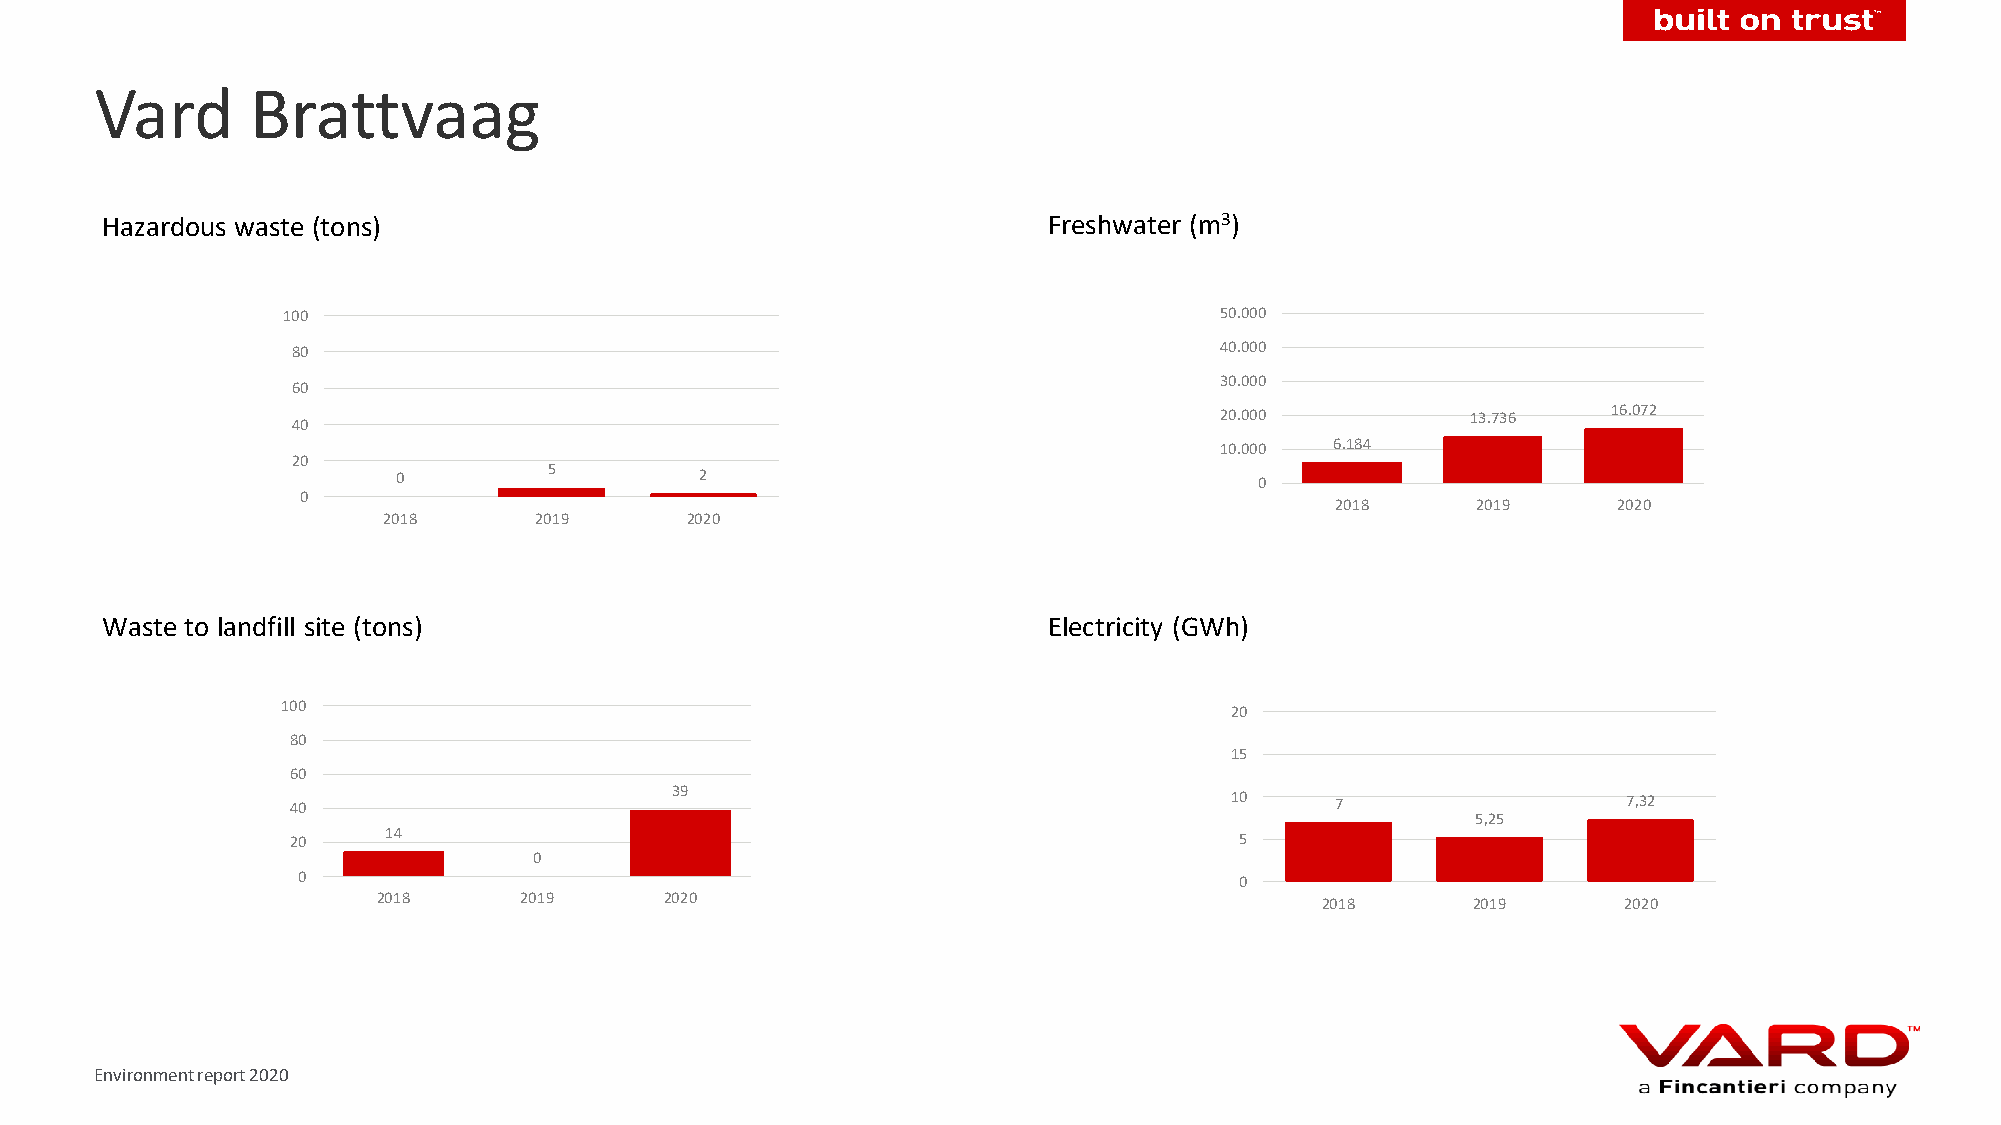
Vard       Brattvaag
 Hazardous waste (tons)                                        Freshwater (m3)
 100                                                           50.000
 80                                                            40.000
 30.000
 60
 20.000          13.736    16.072
 40
 10.000 6.184
 20
 0         5         2                                    0
 0
 2018      2019     2020
 2018      2019      2020
 Waste to landfill site (tons)                                 Electricity (GWh)
 100                                                           20
 80
 15
 60
 40                       39                                   10     7                   7,32
 5,25
 20    14                                                       5
 0
 0                                                             0
 2018     2019      2020                                       2018      2019      2020
 Environment report 2020